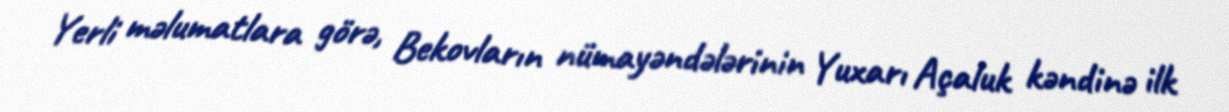
Yerli məlumatlara görə, Bekovların nümayəndələrinin Yuxarı Açaluk kəndinə ilk